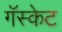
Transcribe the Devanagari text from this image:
गॅस्केट